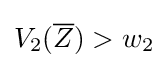
V_{2}({\overline {Z}})>w_{2}